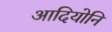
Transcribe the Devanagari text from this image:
आदियोनि